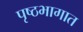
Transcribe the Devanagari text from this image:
पृष्ठभागात